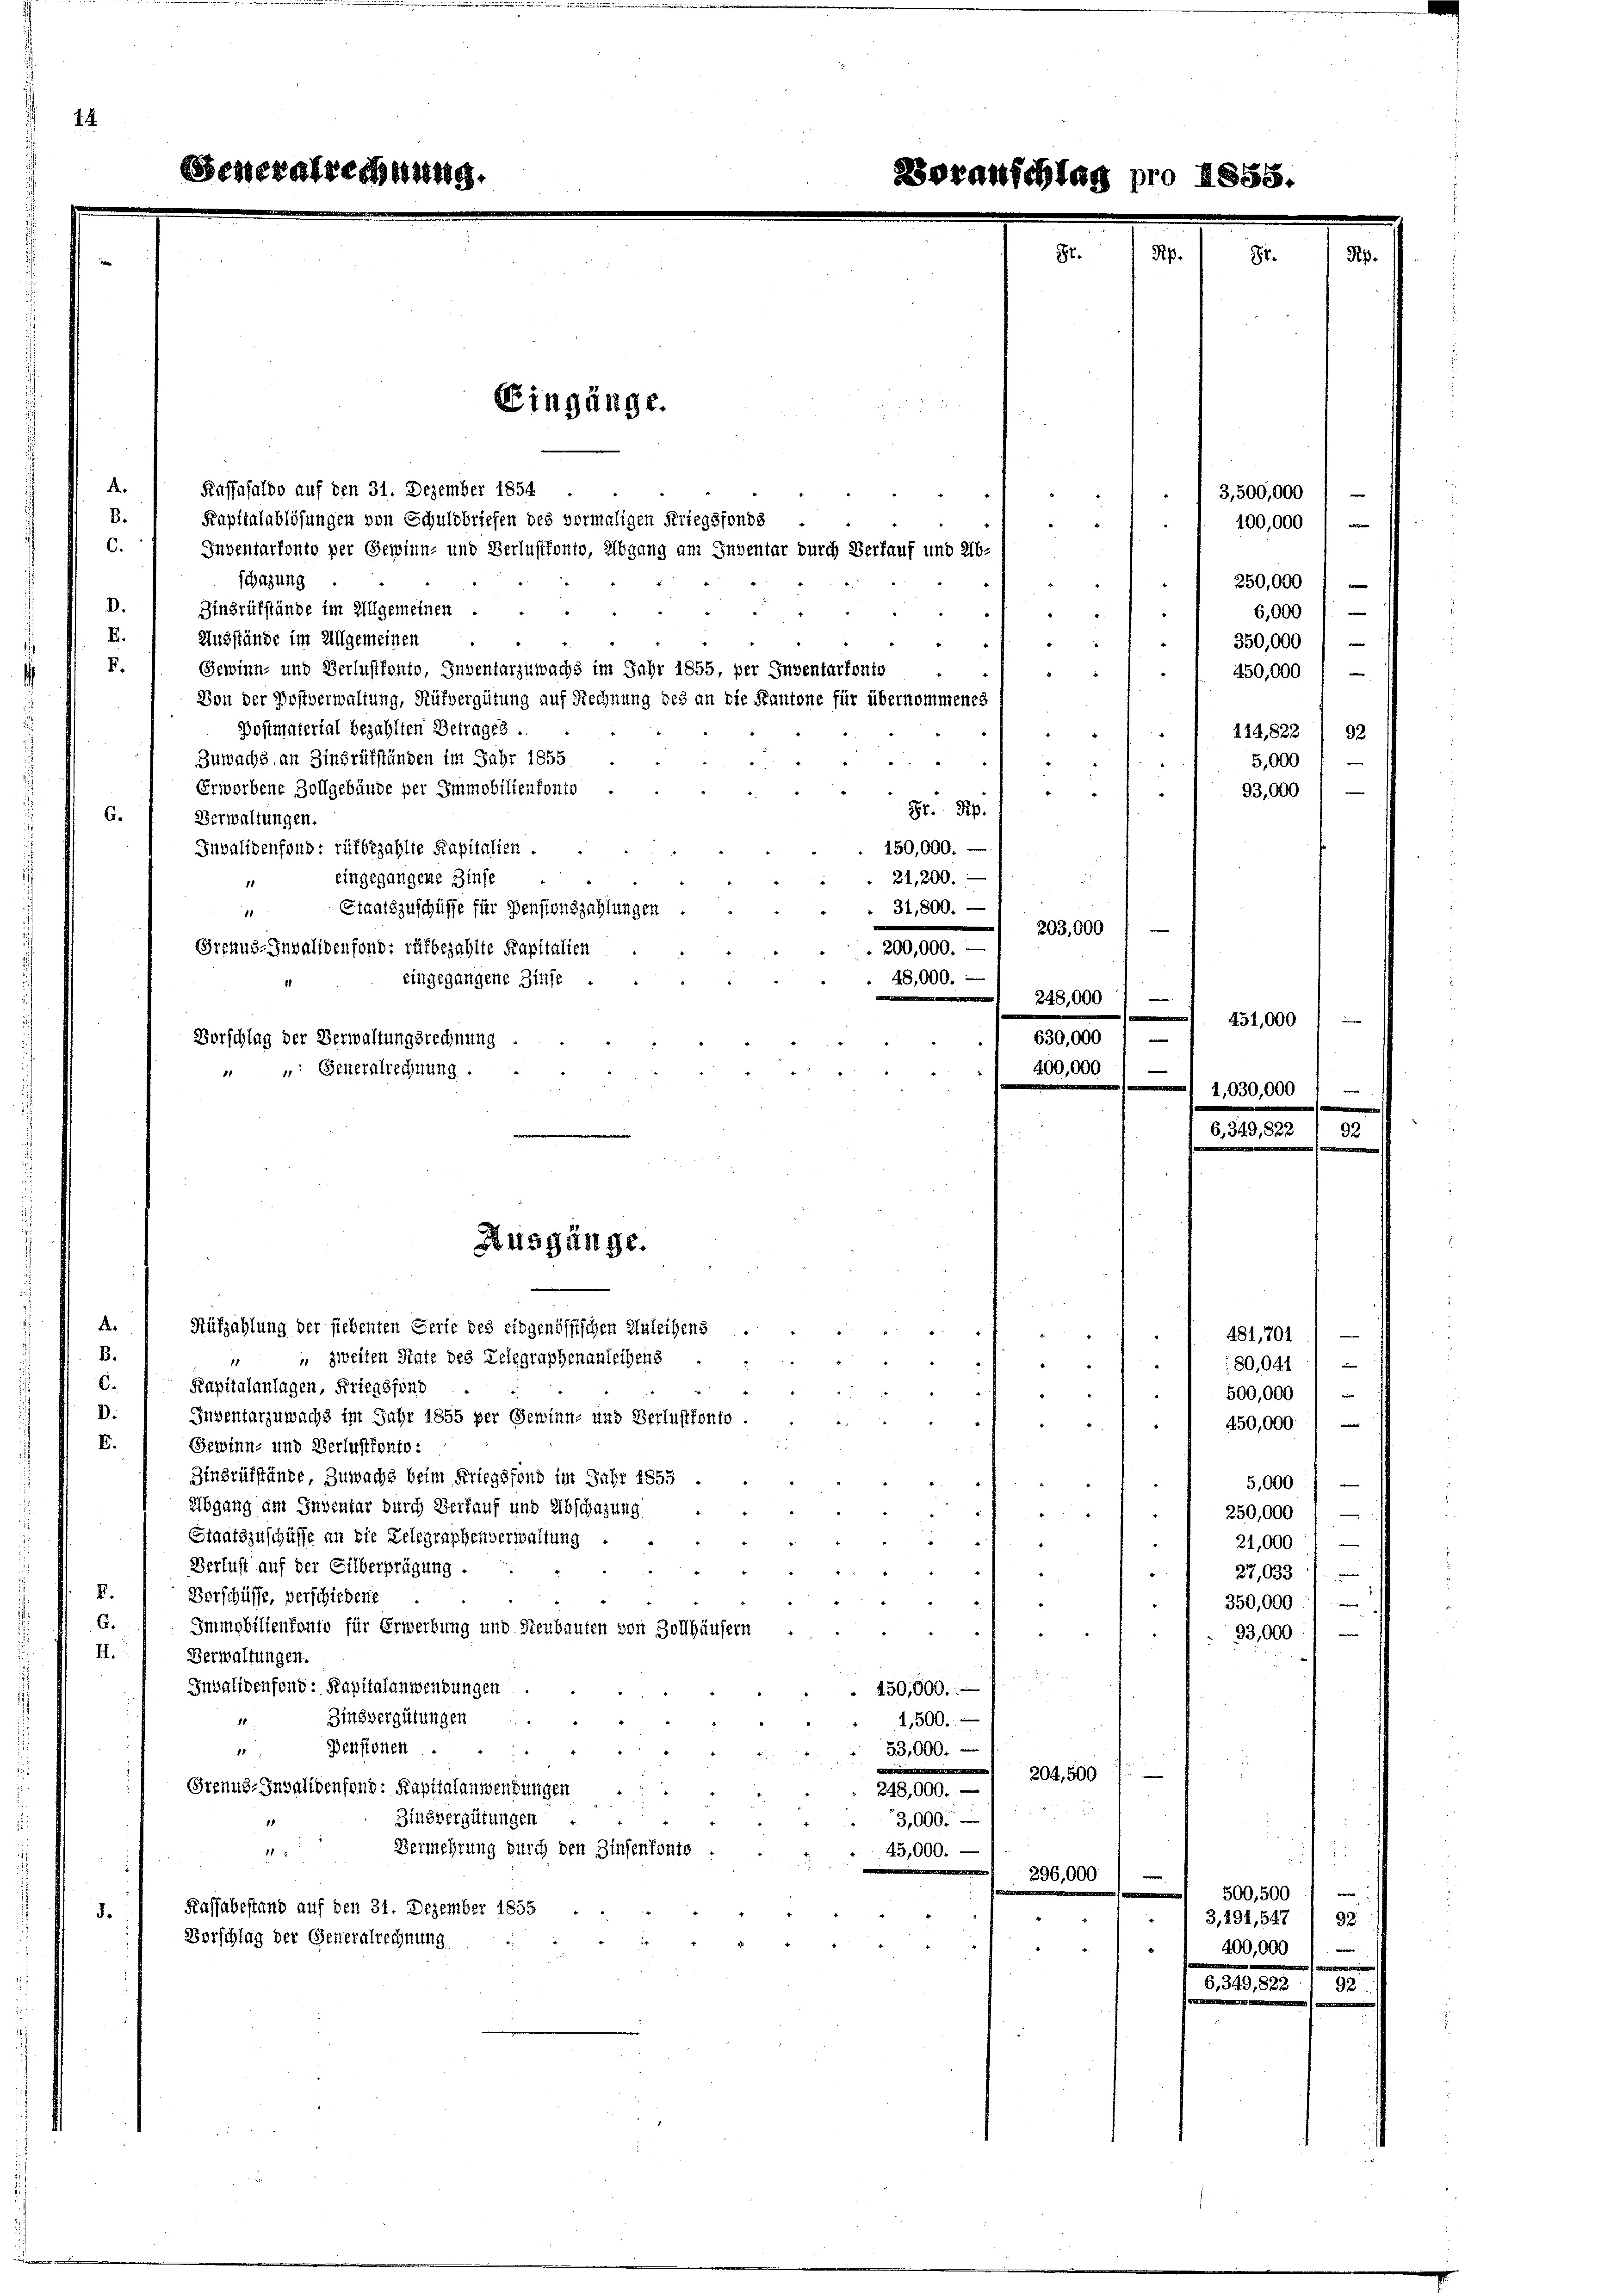
schazung
Zinsrükstände im Allgemeinen.
¬
E.
Ausstände im Allgemeinen
F.
Gewinn- und Verlustfento, Inventarzuwachs im Jahr 1855, per Inventartonio
Von der Postverwaltung, Rütvergütung auf Rechnung des an die Kantone für übernommenes
Postmaterial bezahlten Betrages .
Zuwachs an Zinsrükständen im Jahr 1855
Erworbene Zollgebünde per Immobilienfonto
Hr. Pip
G.
Verwaltungen.
150,000. -
Invalidenfond: rüfbezahlte Kapitalien
eingegangene Zinse
21,200.
11
31,800.
Staatszuschiffe für Pensionszahlungen
11
203,000
Brrnus-Invalidenfond: rükbezahlte Kapitalien
 200,000.
48,000. —
eingegangene Zinse
248,000)
 00.
Vorschlag der Verwaltungsrechnung
e
400,000
" " Generalrechnung ..
.

4.
B.
C.

D.

neralrechnung.

Kassasaldo auf den 31. Dezember 1854
Kapitalablösungen von Schuldbriefen des vormaligen Kriegsfonds

.
Rüfzahlung der siebenten Gerte des eidgenössischen Anleihens
B.
" zweiten State des Telegraphenanleihens
6.
Kapitalanlagen, Kriegsfond
D.
Inventarzuwachs im Jahr 1855 per Gewinn- und Verlustfonto
I.
Gewinn- und Verlustronto :
Zinsrüfstände, Zuwachs beim Kriegsfond im Jahr 1855
Abgang am Inventar durch Verkauf und Abschazung
Staatszuschüsse an die Relegraphenverwaltung
Verlust auf der Silberprägung.
E.
Vorschüsse, verschiedene
6.
Immobilienfonto für Erwerbung und Steubauten von Zollhäusern
I.
Verwaltungen.
Invalidenfond: Kapitalanwendungen
Zinsvergütungen
11
". Densionen.
3
Greund-Invalidensend: Kapitalanwendungen
Zinsvergütungen
.
Vermehrung durch den Zinsentento.
11
45,
Kaffabestand auf den 31. Dezember 1855
d.
Vorschlag der Generalrechnung

Inventarfonto per Gewinn- und Verlustfonto, Abgang am Inventar durch Verkauf und Ab-

Ausgänge.

Eingänge.

53,000. —
248,000.
3,000.

450,000.
1,500.

oranschlag pro 188

22

204,500
5

0

250,000 f
6,000
350,000 / —
450,000 f —
92
414,822
5,000 f
53,000 / —

3,500,000
100,000

451,000

030,000

481,701
80,0411
500,000 l
450,000
5,000 f —
250,000'
21,000
27,033
.
350,000
93,000

500,500
3,291, 527

w
e